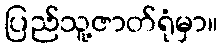
ပြည်သူ့ဇာတ်ရုံမှာ။